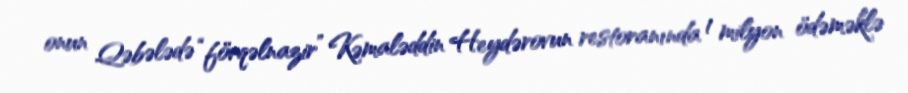
onun Qəbələdə “fövqəlnazir” Kəmaləddin Heydərovun restoranında 1 milyon ödəməklə